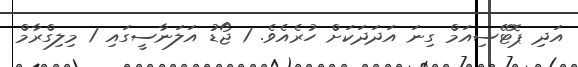
އަދި ޕޮޓޭސިއަމް ގިނަ އަދަދަކަށް ހުރެއެވެ. 1 ޖޯޑު އަލަނާސީގައި 1 މިލިގްރާމް